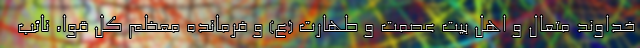
خداوند متعال و اهل بیت عصمت و طهارت (ع) و فرمانده معظم کل قوا، نائب